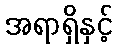
အရာရှိနှင့်